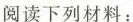
阅读下列材料：